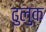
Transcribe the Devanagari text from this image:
ढुलुक